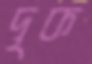
দৃক